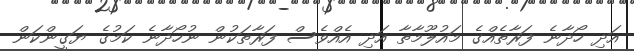
އަދި ހޯދާނެ ފަރާތެއްގެ މައުލޫމާތާ އަދި އެއްވެސް ފަރާތަކުން ނުހޯދާނެ ކަމުގެ ޔަގީންކަން